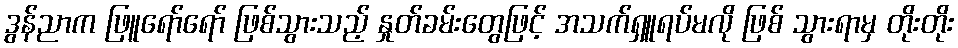
ဒွန်ညာက ဖြူရော်ရော် ဖြစ်သွားသည့် နှုတ်ခမ်းတွေဖြင့် အသက်ရှူရပ်မလို ဖြစ် သွားရာမှ တိုးတိုး